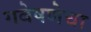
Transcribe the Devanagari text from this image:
गवेषणेचा